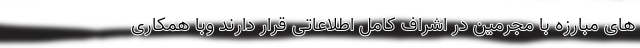
های مبارزه با مجرمین در اشراف کامل اطلاعاتی قرار دارند وبا همکاری